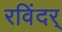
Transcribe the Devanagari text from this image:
रविंदर्